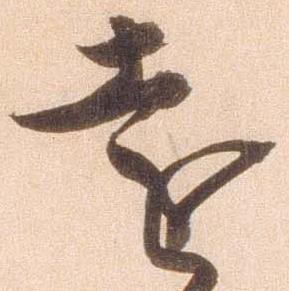
遠